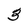
Character: 3